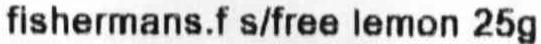
FISHERMANS.F S/FREE LEMON 25G